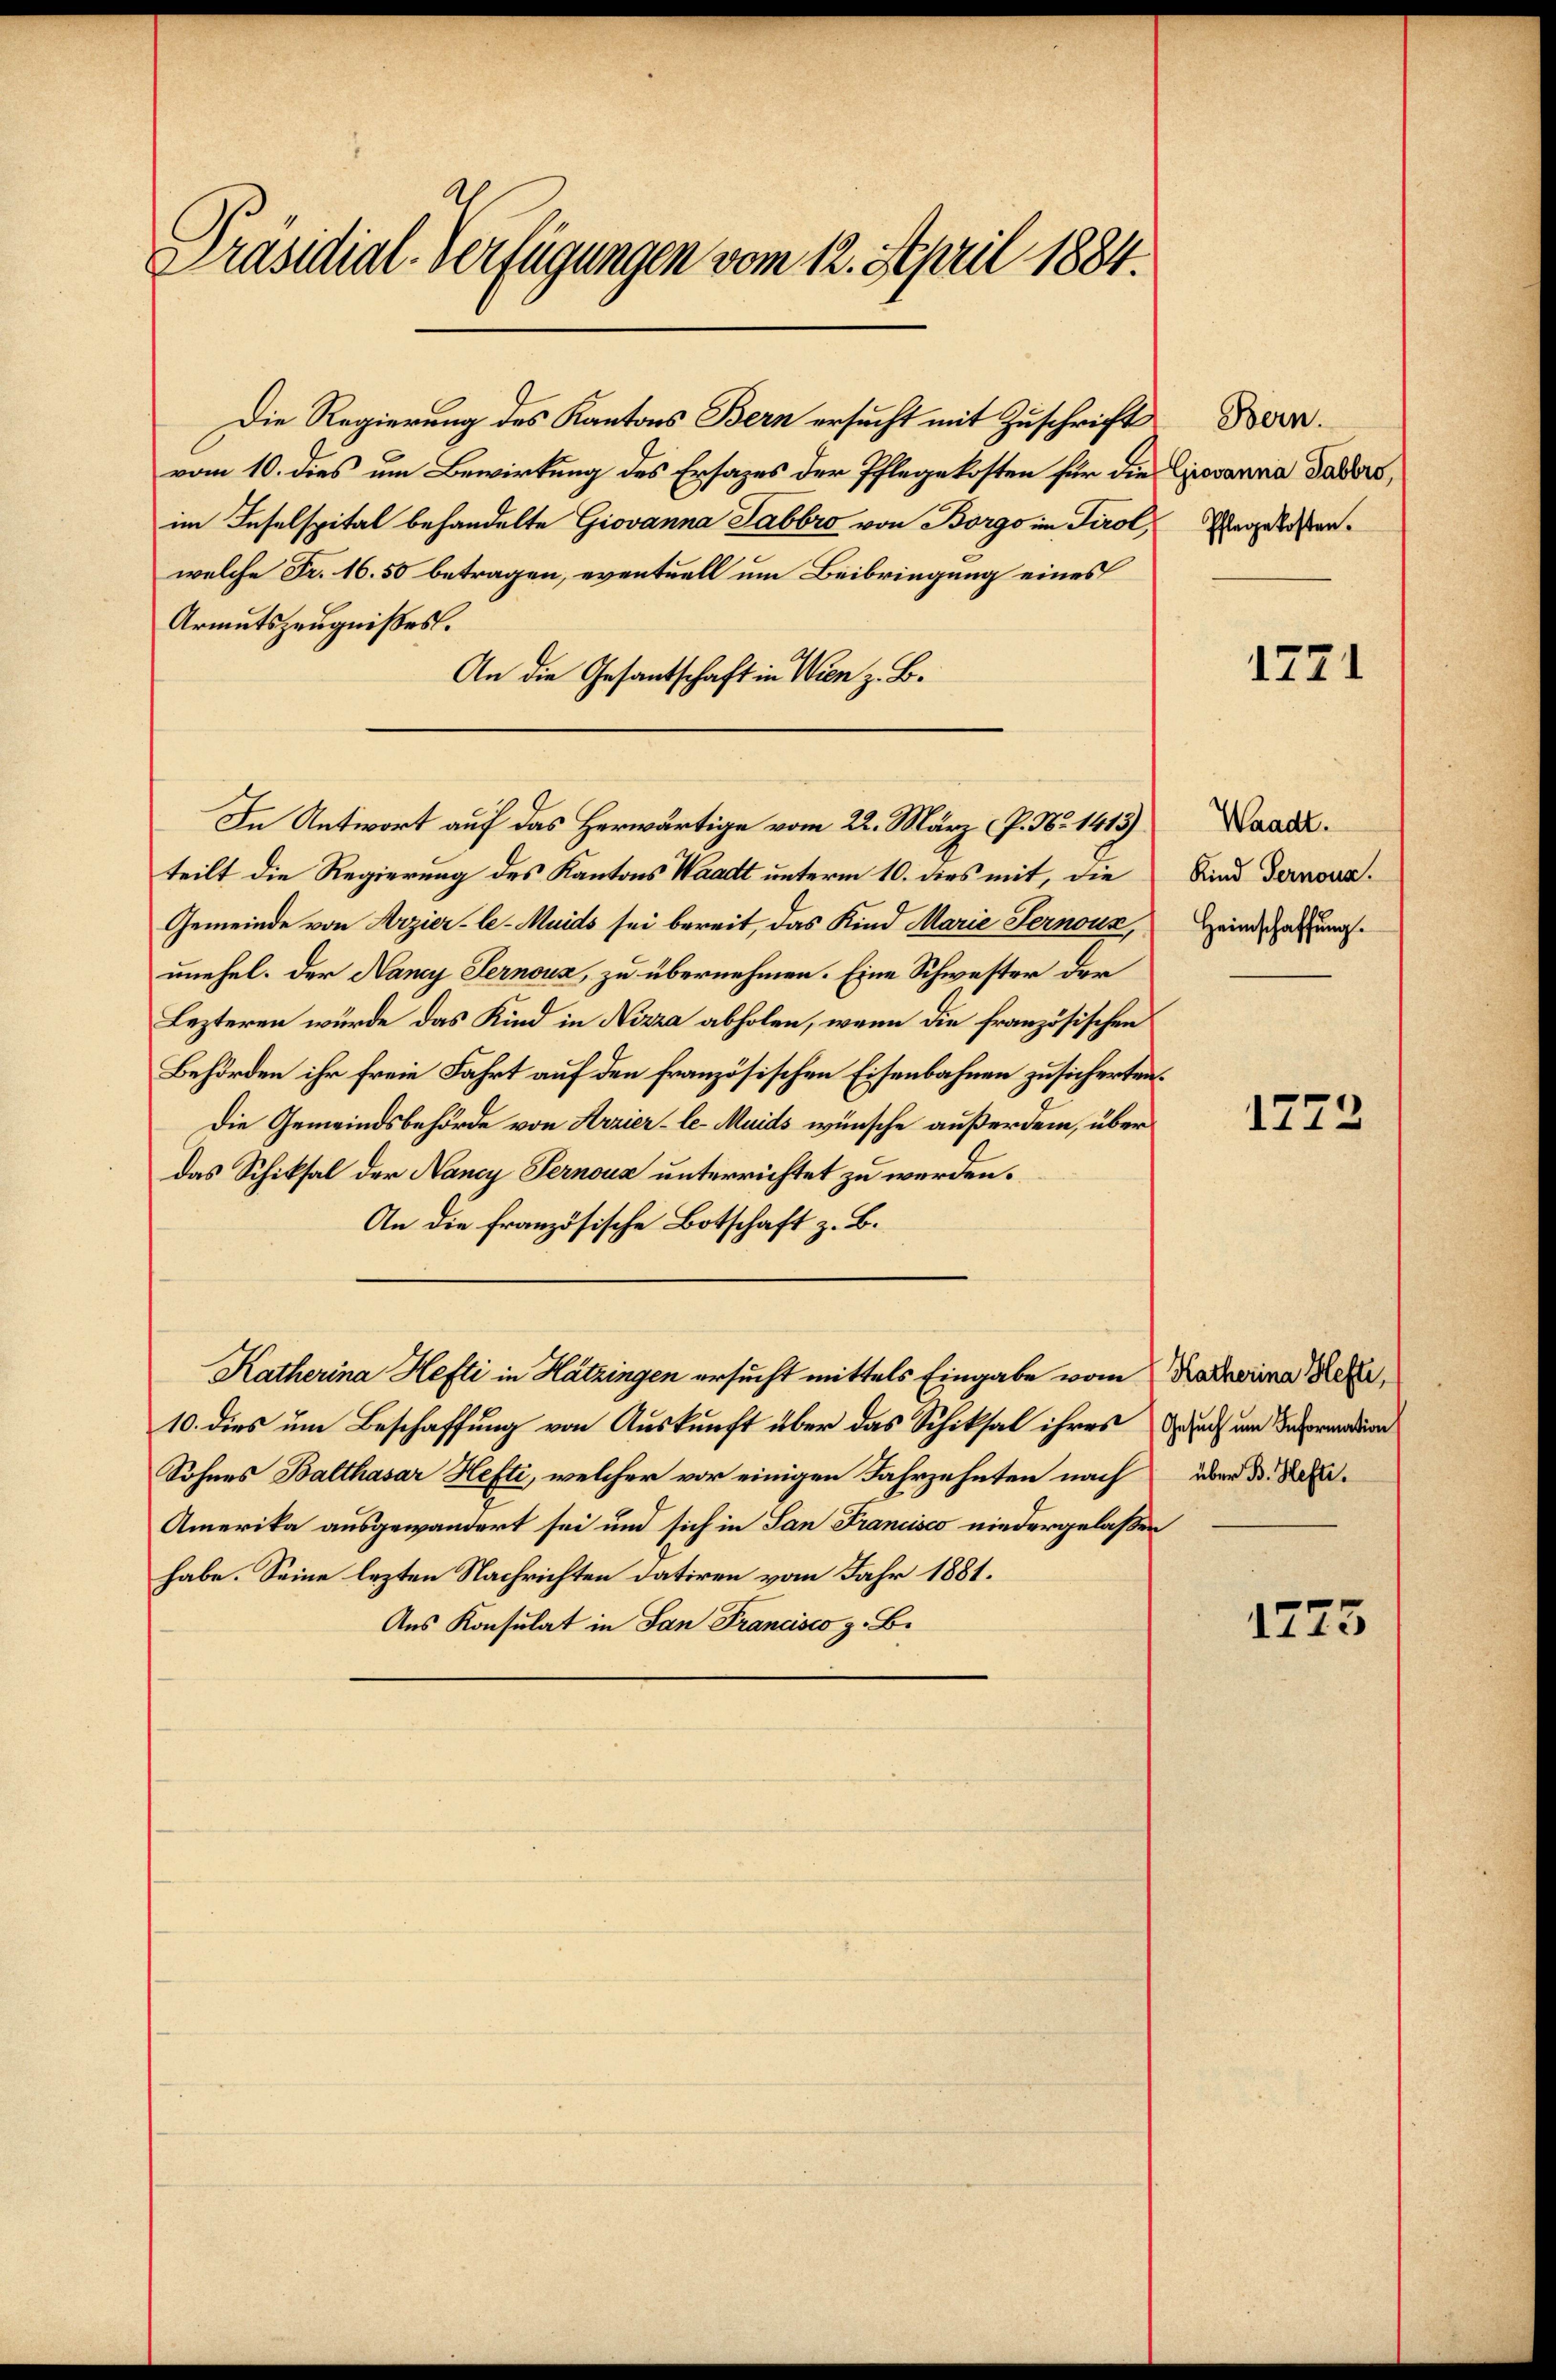
Präsidial-Verfügungen vom 12. April 1884.

Die Regierung des Kantons Bern ersucht mit Zuschrift
vom 10. dies um Bewirkung des Ersazes der Pflegekosten für die Giovanna Daders,
im Inselspital behandelte Giovanna Tabbro von Borgo im Tirol,
welche Fr. 16. 50 betragen, eventuell um Beibringung eines
Armutszeugnisses.
An die Gesantschaft in Wien z. B.
In Antwort auf das Herwärtige vom 22. März (P. Nr. 1413)
teilt die Regierung des Kantons Waadt unterm 10. dies mit, die
Gemeinde von Arzier-le-Muids sei bereit, das Kind Marie Fernoux,
unehel. Der Nancy Sernoux, zu übernehmen. Eine Schwester der
Lezteren wurde das Kind in Nizza abholen, wenn die französischen
Behörden ihr freie Fahrt auf den französischen Eisenbahnen zusicherten.
Die Gemeindsbehörde von Arzier-le- Muids wünsche außerdem, über
das Schiksal der Nancy Pernous unterrichtet zu werden.
An die französische Botschaft z. B.
Katherina Hefti in Hatzingen ersucht mittels Eingabe vom Katharina Ser
10. dies um Beschaffung von Auskunft über das Schicksal ihres Dach um Deprendun
Sohnes Balthasar Hefti, welcher vor einigen Fahrzehnten nach über d. d.
Amerika ausgewandert sei und sich in San Francisco niedergelaßen
habe. Seine lezten Nachrichten datiren vom Jahr 1881.
Aus Konsulat in San Francisco z. B.

Bern.
Pflegekosten.

1771

Waadt.
Kind Pernous.
Heimschaffung.

1772

1275